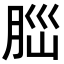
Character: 𦛁